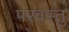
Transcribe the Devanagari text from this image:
परव्रस्तु